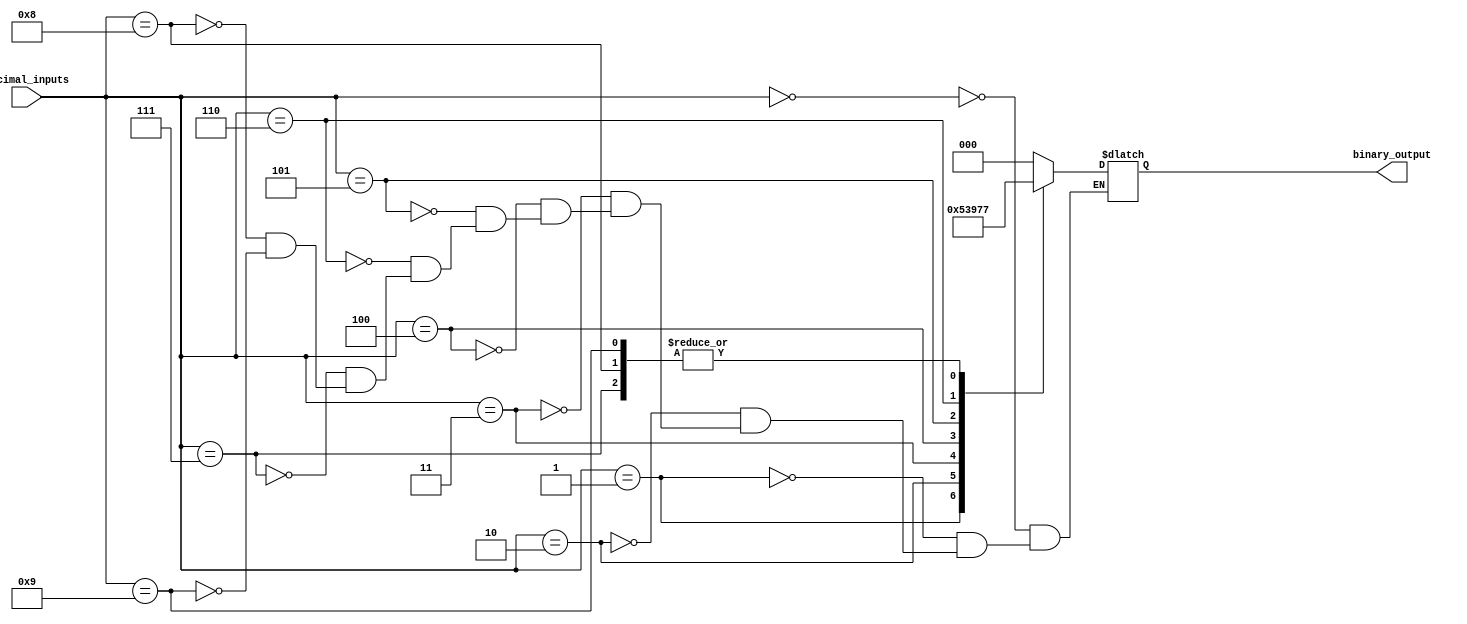
module priority_encoder(
    input [3:0] decimal_inputs,
    output reg [2:0] binary_output
);

always @* begin
    case(decimal_inputs)
        0: binary_output = 3'b000;
        1: binary_output = 3'b001;
        2: binary_output = 3'b010;
        3: binary_output = 3'b011;
        4: binary_output = 3'b100;
        5: binary_output = 3'b101;
        6: binary_output = 3'b110;
        7: binary_output = 3'b111;
        8: binary_output = 3'b111;
        9: binary_output = 3'b111;
    endcase
end

endmodule